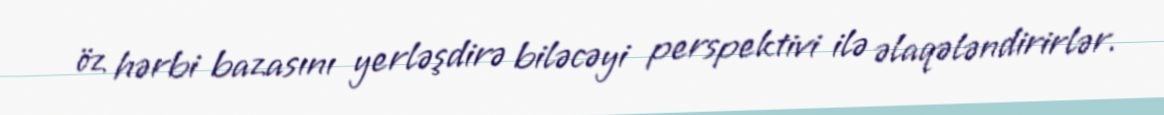
öz hərbi bazasını yerləşdirə biləcəyi perspektivi ilə əlaqələndirirlər.